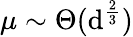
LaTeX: \mu\sim\Theta(\mathrm{d}^{\frac{{2}}{{3}}})